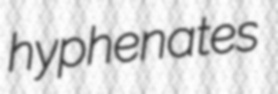
hyphenates